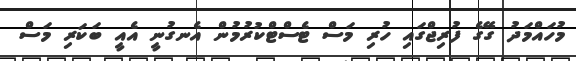
މުހައްމަދު ގޭގެ ފުރިޖްގައި ހުރި މަސް ޓެސްޓްކުރުމުން އެނގުނީ އެއީ ބަކަރި މަސް